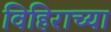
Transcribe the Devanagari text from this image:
विहिराच्या